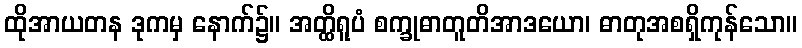
ထိုအာယတန ဒုကမှ နောက်၌။ အတ္ထိရူပံ စက္ခုဓာတူတိအာဒယော၊ ဓာတုအစရှိကုန်သော။